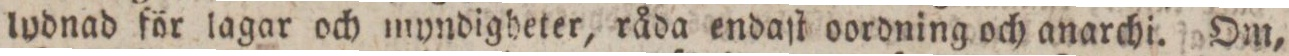
lydnad för lagar och myndigheter, råda endaſt oordning och anarchi. Om,